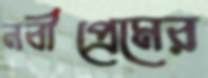
নবীপ্রেমের